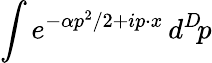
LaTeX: \int e^{-\alpha p^{2}/2+ip\cdot x}\, d^{D}\! p